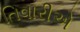
તિવારીએ